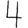
Digit: 4